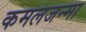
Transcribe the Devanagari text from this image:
कमलजन्मा